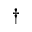
^ \dag